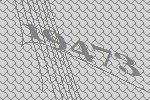
19473